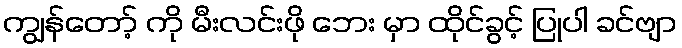
ကျွန်တော့် ကို မီးလင်းဖို ဘေး မှာ ထိုင်ခွင့် ပြုပါ ခင်ဗျာ